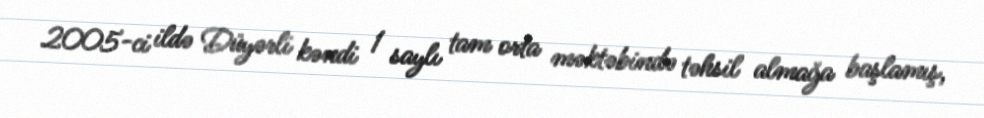
2005-ci ildə Düyərli kəndi 1 saylı tam orta məktəbində təhsil almağa başlamış,